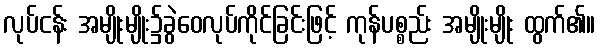
လုပ်ငန်း အမျိုးမျိုး၌ခွဲဝေလုပ်ကိုင်ခြင်းဖြင့် ကုန်ပစ္စည်း အမျိုးမျိုး ထွက်၏။